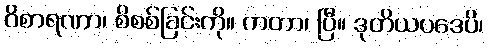
ဝိစာရဏာ၊ စိစစ်ခြင်းကို။ ကတာ၊ ပြီ။ ဒုတိယပဒေပိ၊